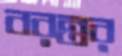
বরন্তর